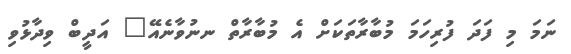
ނަމަ މި ފަދަ ފުރިހަމަ މުބާރާތަކަށް އެ މުބާރާތް ނނުވާނެއޭ" އަދީބް ވިދާޅުވި